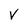
Character: V